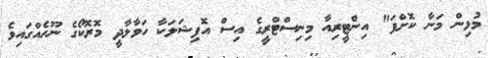
މުޅިން މަނާ ކޮށްފަ" އިންޓީރިއާ މިނިސްޓްރީގެ އިސް އޮފިޝަލަކާ ހަވާލާދީ މޮރޮކޯގެ ނޫހެއްގައިވެ